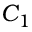
C _ { 1 }